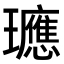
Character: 𭺓